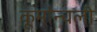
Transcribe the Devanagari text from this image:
कूर्मान्चली